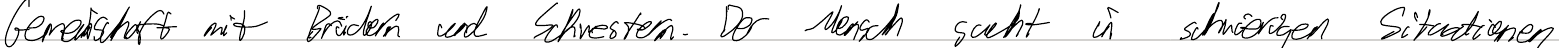
Gemeinschaft mit Brüdern und Schwestern. Der Mensch sucht in schwierigen Situationen